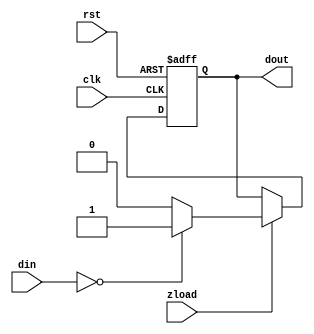
/**/
module z(din,clk,rst,zload,dout);
input  clk, rst, zload;
input [7:0]din;
output dout;
reg dout;
always @(posedge clk or negedge rst)
	if(rst==0)
		dout<=0;
	else if(zload)
		if(din==8'd0)
			dout<=1;
		else
			dout<=0;
endmodule